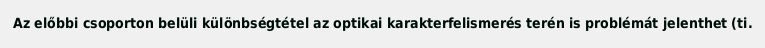
Az előbbi csoporton belüli különbségtétel az optikai karakterfelismerés terén is problémát jelenthet (ti.